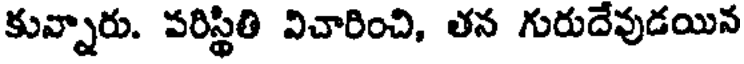
కున్నారు. పరిస్థితి విచారించి, తన గురుదేవుడయిన